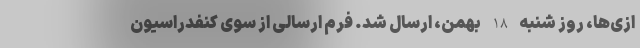
ازی‌ها، روز شنبه 18 بهمن، ارسال شد. فرم ارسالی از سوی کنفدراسیون